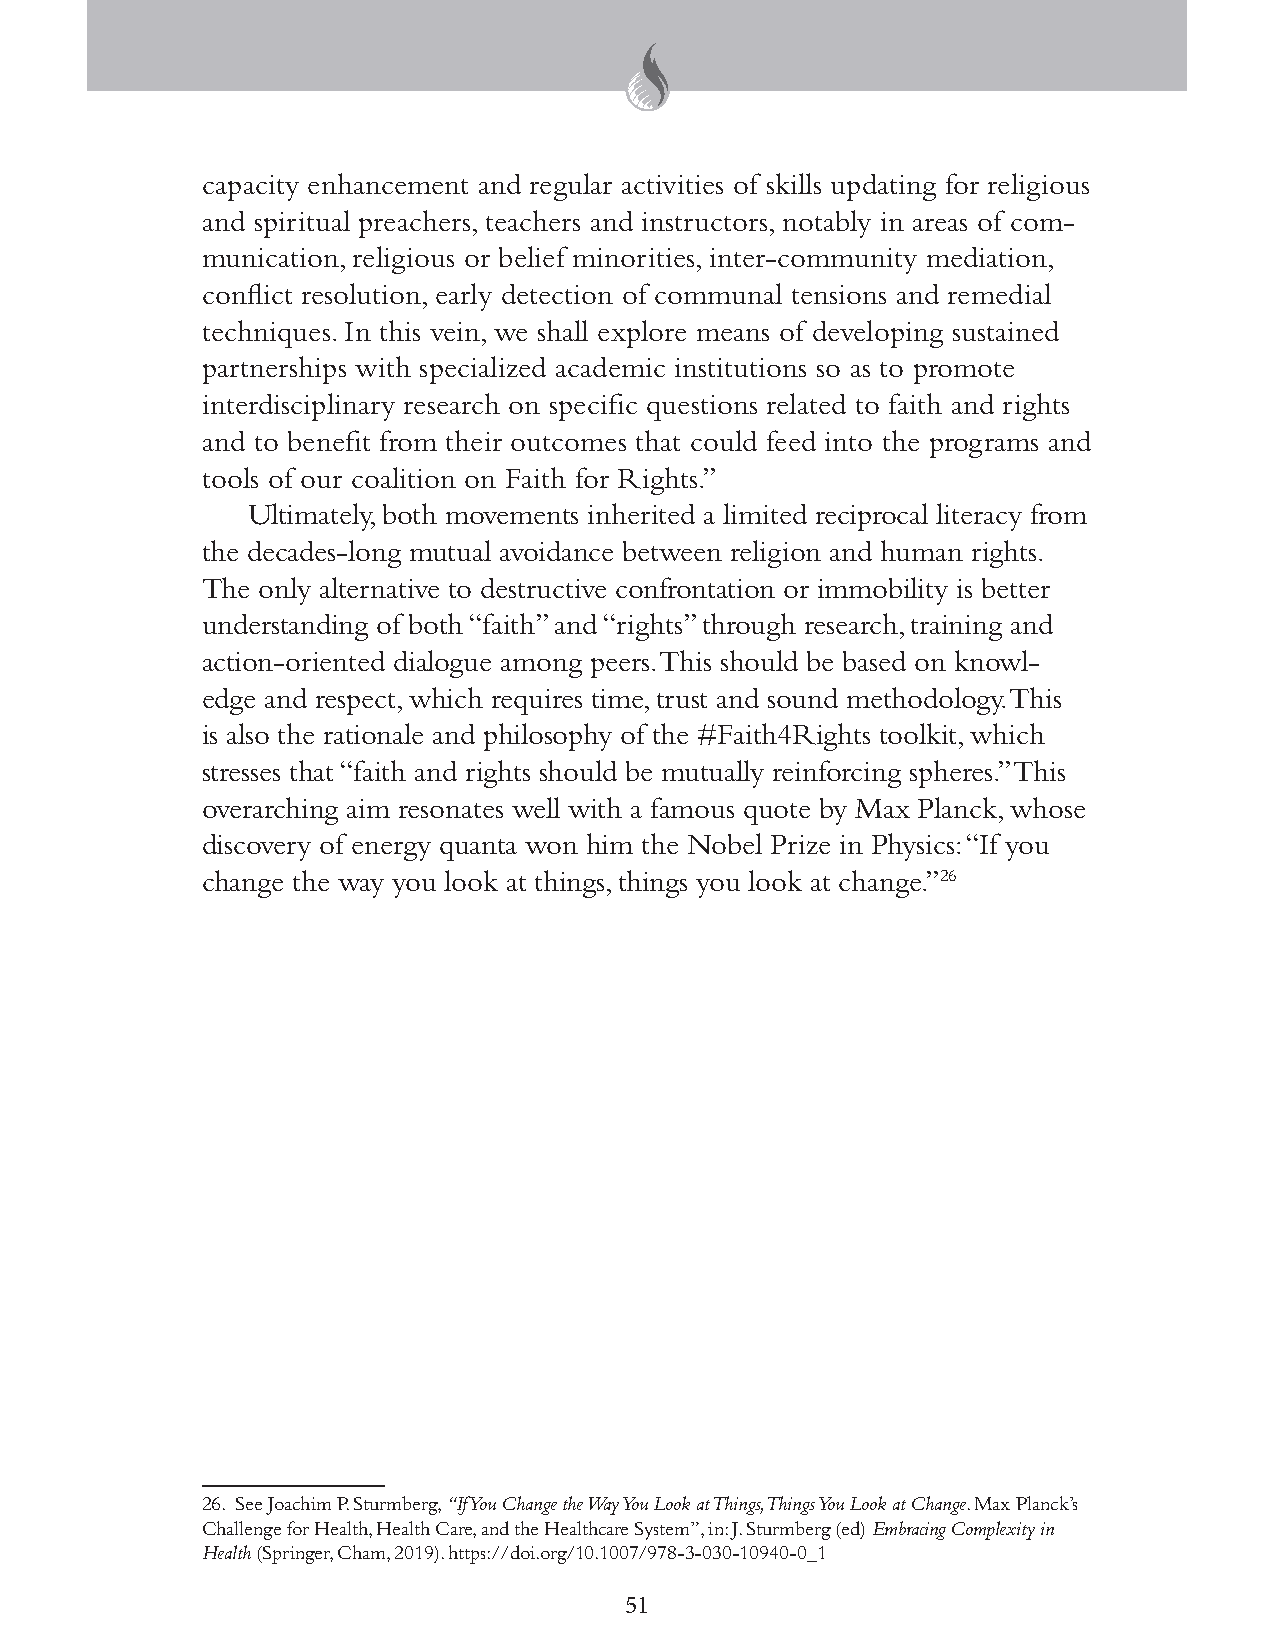
capacity enhancement and regular activities of skills updating for religious
 and spiritual preachers, teachers and instructors, notably in areas of com-
 munication, religious or belief minorities, inter-community mediation,
 conflict resolution, early detection of communal tensions and remedial
 techniques. In this vein, we shall explore means of developing sustained
 partnerships with specialized academic institutions so as to promote
 interdisciplinary research on specific questions related to faith and rights
 and to benefit from their outcomes that could feed into the programs and
 tools of our coalition on Faith for Rights.”
 Ultimately, both movements inherited a limited reciprocal literacy from
 the decades-long mutual avoidance between religion and human rights.
 The only alternative to destructive confrontation or immobility is better
 understanding of both “faith” and “rights” through research, training and
 action-oriented dialogue among peers. This should be based on knowl-
 edge and respect, which requires time, trust and sound methodology. This
 is also the rationale and philosophy of the #Faith4Rights toolkit, which
 stresses that “faith and rights should be mutually reinforcing spheres.” This
 overarching aim resonates well with a famous quote by Max Planck, whose
 discovery of energy quanta won him the Nobel Prize in Physics: “If you
 change the way you look at things, things you look at change.”26
 26. See Joachim P. Sturmberg, “If You Change the Way You Look at Things, Things You Look at Change. Max Planck’s
 Challenge for Health, Health Care, and the Healthcare System”, in: J. Sturmberg (ed) Embracing Complexity in
 Health (Springer, Cham, 2019). https://doi.org/10.1007/978-3-030-10940-0_1
 51